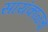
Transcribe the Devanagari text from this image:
सायंकाळचा